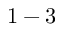
1 - 3